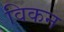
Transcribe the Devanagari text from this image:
विकन